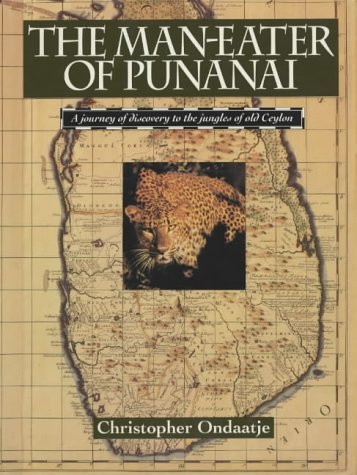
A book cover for The Man-Eater of Punanai: A Journey of Discovery to the Jungles of Old Ceylon; Christopher Ondaatje; Travel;